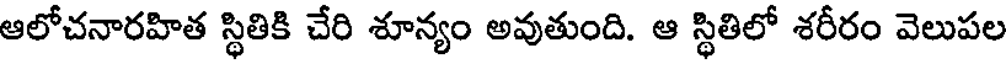
ఆలోచనారహిత స్థితికి చేరి శూన్యం అవుతుంది. ఆ స్థితిలో శరీరం వెలుపల